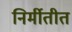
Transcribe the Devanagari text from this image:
निर्मीतीत